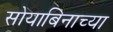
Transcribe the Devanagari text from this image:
सोयाबिनाच्या